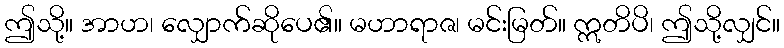
ဤသို့။ အာဟ၊ လျှောက်ဆိုပေ၏။ မဟာရာဇ၊ မင်းမြတ်။ ဣတိပိ၊ ဤသို့လျှင်။